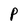
Character: P